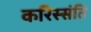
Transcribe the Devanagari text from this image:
करिस्संति